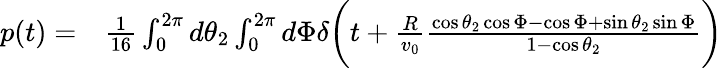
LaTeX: \begin{array}{rl}{p(t)=}&{{}\frac{1}{16}\int_{0}^{2\pi}d\theta_{2}\int_{0}^{2\pi}d\Phi\delta\bigg(t+\frac{R}{v_{0}}\frac{\cos\theta_{2}\cos\Phi-\cos\Phi+\sin\theta_{2}\sin\Phi}{1-\cos\theta_{2}}\bigg)}\end{array}